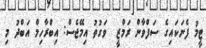
ޓީމު ފެނަކައިގެ ސަފްވާން ރަމްޒީ  ވަގުތު އިމޭޖެސް: އިބްރާހިމް އަބްދު މި